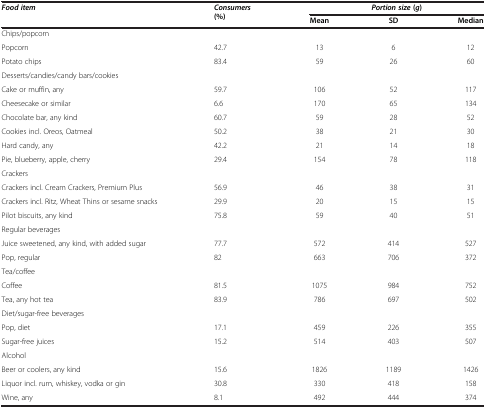
<table><thead><tr><td><b><i>Food item</i></b></td><td rowspan="2"><b><i>Consumers </i>(%)</b></td><td colspan="3"><b><i>Portion size </i>( <i>g </i>)</b></td></tr><tr><td><b> </b></td><td><b>Mean</b></td><td><b>SD</b></td><td><b>Median</b></td></tr></thead><tbody><tr><td>Chips/popcorn</td><td> </td><td> </td><td> </td><td> </td></tr><tr><td>Popcorn</td><td>42.7</td><td>13</td><td>6</td><td>12</td></tr><tr><td>Potato chips</td><td>83.4</td><td>59</td><td>26</td><td>60</td></tr><tr><td>Desserts/candies/candy bars/cookies</td><td> </td><td> </td><td> </td><td> </td></tr><tr><td>Cake or muffin, any</td><td>59.7</td><td>106</td><td>52</td><td>117</td></tr><tr><td>Cheesecake or similar</td><td>6.6</td><td>170</td><td>65</td><td>134</td></tr><tr><td>Chocolate bar, any kind</td><td>60.7</td><td>59</td><td>28</td><td>52</td></tr><tr><td>Cookies incl. Oreos, Oatmeal</td><td>50.2</td><td>38</td><td>21</td><td>30</td></tr><tr><td>Hard candy, any</td><td>42.2</td><td>21</td><td>14</td><td>18</td></tr><tr><td>Pie, blueberry, apple, cherry</td><td>29.4</td><td>154</td><td>78</td><td>118</td></tr><tr><td>Crackers</td><td> </td><td> </td><td> </td><td> </td></tr><tr><td>Crackers incl. Cream Crackers, Premium Plus</td><td>56.9</td><td>46</td><td>38</td><td>31</td></tr><tr><td>Crackers incl. Ritz, Wheat Thins or sesame snacks</td><td>29.9</td><td>20</td><td>15</td><td>15</td></tr><tr><td>Pilot biscuits, any kind</td><td>75.8</td><td>59</td><td>40</td><td>51</td></tr><tr><td>Regular beverages</td><td> </td><td> </td><td> </td><td> </td></tr><tr><td>Juice sweetened, any kind, with added sugar</td><td>77.7</td><td>572</td><td>414</td><td>527</td></tr><tr><td>Pop, regular</td><td>82</td><td>663</td><td>706</td><td>372</td></tr><tr><td>Tea/coffee</td><td> </td><td> </td><td> </td><td> </td></tr><tr><td>Coffee</td><td>81.5</td><td>1075</td><td>984</td><td>752</td></tr><tr><td>Tea, any hot tea</td><td>83.9</td><td>786</td><td>697</td><td>502</td></tr><tr><td>Diet/sugar-free beverages</td><td> </td><td> </td><td> </td><td> </td></tr><tr><td>Pop, diet</td><td>17.1</td><td>459</td><td>226</td><td>355</td></tr><tr><td>Sugar-free juices</td><td>15.2</td><td>514</td><td>403</td><td>507</td></tr><tr><td>Alcohol</td><td> </td><td> </td><td> </td><td> </td></tr><tr><td>Beer or coolers, any kind</td><td>15.6</td><td>1826</td><td>1189</td><td>1426</td></tr><tr><td>Liquor incl. rum, whiskey, vodka or gin</td><td>30.8</td><td>330</td><td>418</td><td>158</td></tr><tr><td>Wine, any</td><td>8.1</td><td>492</td><td>444</td><td>374</td></tr></tbody></table>